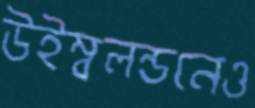
উইম্বলন্ডনেও